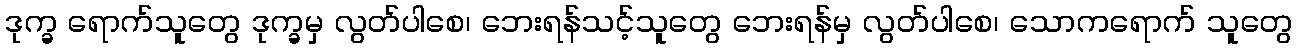
ဒုက္ခ ရောက်သူတွေ ဒုက္ခမှ လွတ်ပါစေ၊ ဘေးရန်သင့်သူတွေ ဘေးရန်မှ လွတ်ပါစေ၊ သောကရောက် သူတွေ